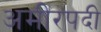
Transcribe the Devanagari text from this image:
अमीरपदी